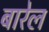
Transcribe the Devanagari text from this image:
बारेल